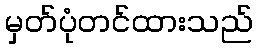
မှတ်ပုံတင်ထားသည်